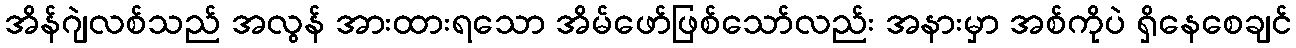
အိန်ဂျဲလစ်သည် အလွန် အားထားရသော အိမ်ဖော်ဖြစ်သော်လည်း အနားမှာ အစ်ကိုပဲ ရှိနေစေချင်